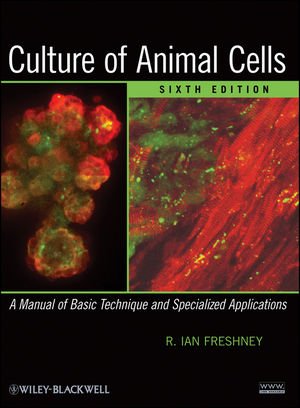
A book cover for Culture of Animal Cells: A Manual of Basic Technique and Specialized Applications; R. Ian Freshney; Medical Books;